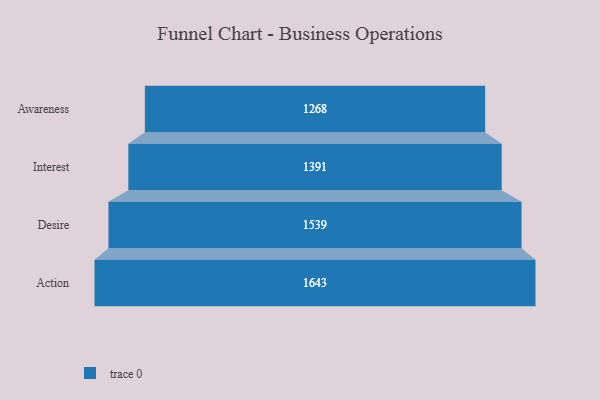
{"axis": {"x": "Stage", "y": "Value"}, "legend": [""], "data": [{"x": "Awareness", "y": 1268.0, "type": ""}, {"x": "Interest", "y": 1391.0, "type": ""}, {"x": "Desire", "y": 1539.0, "type": ""}, {"x": "Action", "y": 1643.0, "type": ""}]}